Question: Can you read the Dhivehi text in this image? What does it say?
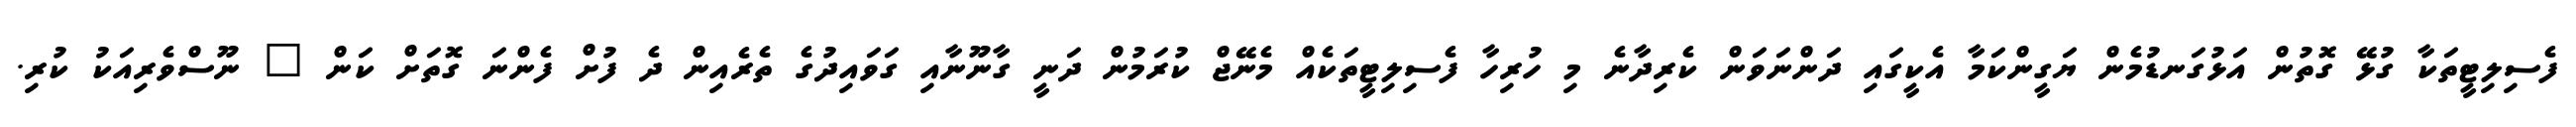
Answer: ފެސިލިޓީތަކާ ގުޅޭ ގޮތުން އަޅުގަނޑުމެން ޔަގީންކަމާ އެކީގައި ދަންނަވަން ކެރިދާނެ މި ހުރިހާ ފެސިލިޓީތަކެއް މެނޭޖް ކުރަމުން ދަނީ ގާނޫނާއި ގަވައިދުގެ ތެރެއިން ދެ ފުށް ފެންނަ ގޮތަށް ކަން " ނޫސްވެރިއަކު ކުރި.